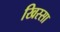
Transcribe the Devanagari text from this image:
खिस्‍सा